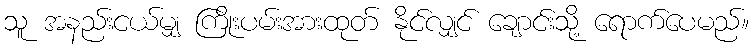
သူ အနည်းငယ်မျှ ကြိုးပမ်းအားထုတ် နိုင်လျှင် ချောင်းသို့ ရောက်ပေမည်။